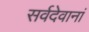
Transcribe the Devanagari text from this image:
सर्वदेवानां